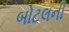
બોટલની